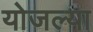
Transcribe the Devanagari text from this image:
योजल्या